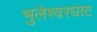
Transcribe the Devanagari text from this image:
भुलेश्वरघाट